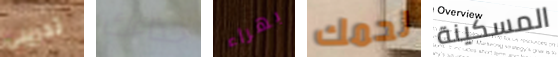
تدريبي حذاءك بهراء لحمك المسكينة